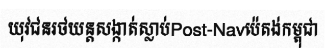
យុវជនរថយន្តសង្កាត់ស្លាប់Post-Navប៉េតង់កម្ពុជា